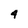
Character: 4